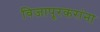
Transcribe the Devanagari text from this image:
विजापूरकरांना